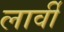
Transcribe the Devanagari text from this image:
लार्वी